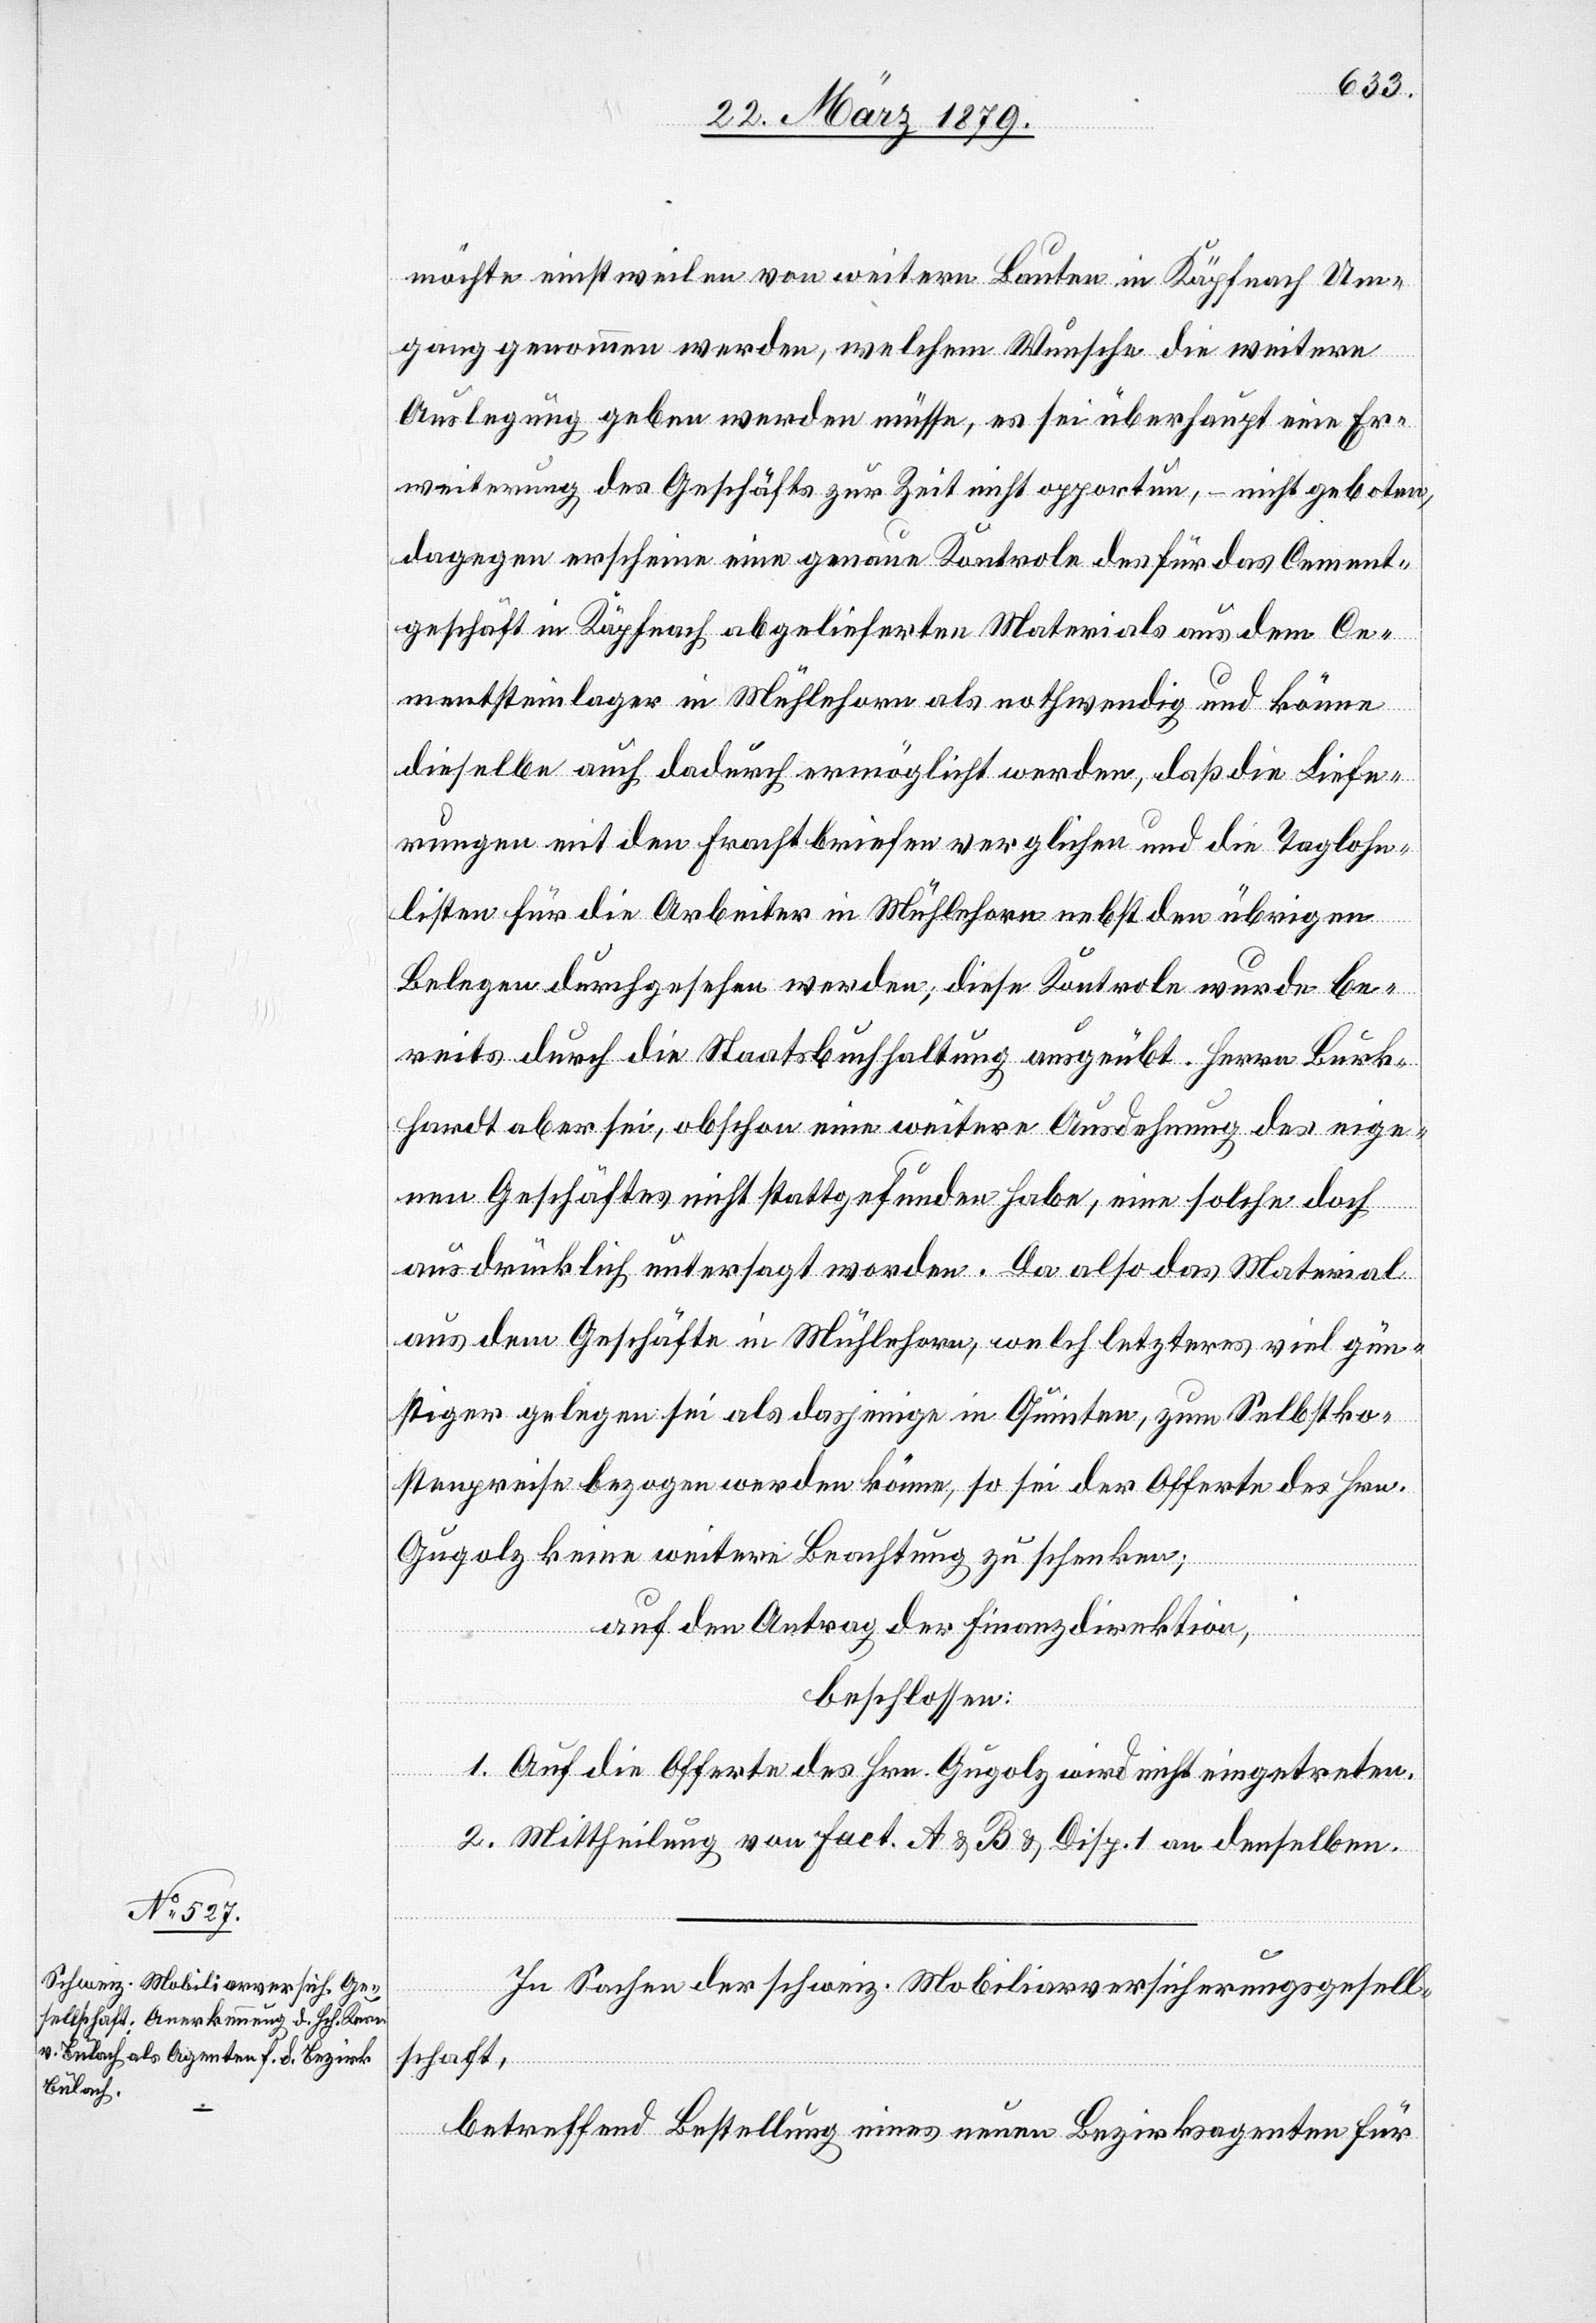
möchte einstweilen von weitern Bauten in Käpfnach Um¬
gang genommen werden, welchem Wunsche die weitere
Auslegung [ge]geben werden müsse, es sei überhaupt eine Er¬
weiterung des Geschäfts zur Zeit nicht opportun, – nicht geboten,
dagegen erscheine eine genaue Kontrole des für das Cement¬
geschäft in Käpfnach abgelieferten Materials aus dem Ce¬
mentsteinlager in Mühlehorn als nothwendig und könne
dieselbe auch dadurch ermöglicht werden, daß die Liefe¬
rungen mit den Frachtbriefen verglichen und die Taglohn¬
listen für die Arbeiter in Mühlehorn nebst den übrigen
Belegen durchgesehen werden; diese Kontrole wurde be¬
reits durch die Staatsbuchhaltung ausgeübt. Herrn Burk¬
hardt aber sei, obschon eine weitere Ausdehnung des eige¬
nen Geschäftes nicht stattgefunden habe, eine solche doch
ausdrücklich untersagt worden. Da also das Material
aus dem Geschäfte in Mühlehorn, welch letzteres viel gün¬
stiger gelegen sei als dasjenige in Quinten, zum Selbstko¬
stenpreis bezogen werden könne, so sei der Offerte des Hrn.
Gugolz keine weitere Beachtung zu schenken;
auf den Antrag der Finanzdirektion,
beschlossen:
1. Auf die Offerte des Hrn. Gugolz wird nicht eingetreten.
2. Mittheilung von Fact. A & B Disp. 1 an denselben.
In Sachen der Schweiz. Mobiliarversicherungsgesell¬
schaft,
betreffend Bestellung eines neuen Bezirksagenten für